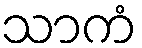
သာကံ